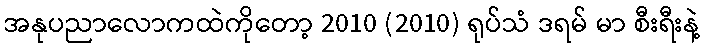
အနုပညာလောကထဲကိုတော့ 2010 (2010) ရုပ်သံ ဒရမ် မာ စီးရီးနဲ့